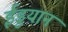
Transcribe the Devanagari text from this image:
ईडुयान